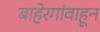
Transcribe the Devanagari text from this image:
बाहेरगांवाहून